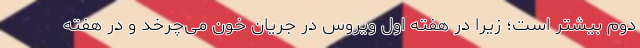
دوم بیشتر است؛ زیرا در هفته اول ویروس در جریان خون می‌چرخد و در هفته